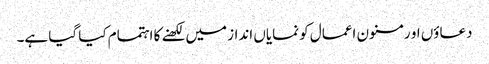
دعاؤں او رمسنون اعمال کو نمایاں انداز میں لکھنے کا اہتمام کیا گیا ہے۔